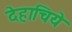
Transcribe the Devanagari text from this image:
देहाचिये